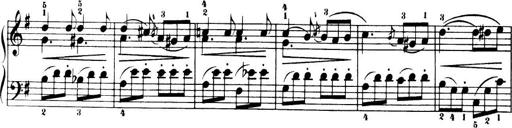
Title: 32 Sonatinas and Rondos for the Piano
Composer: Richard Kleinmichel